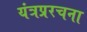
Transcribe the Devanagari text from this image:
यंत्रप्ररचना